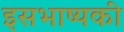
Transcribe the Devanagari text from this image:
इसभाष्यकी